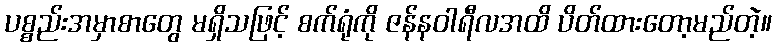
ပစ္စည်းအမှာစာတွေ မရှိသဖြင့် စက်ရုံကို ဇန်နဝါရီလအထိ ပိတ်ထားတော့မည်တဲ့။